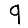
Digit: 9